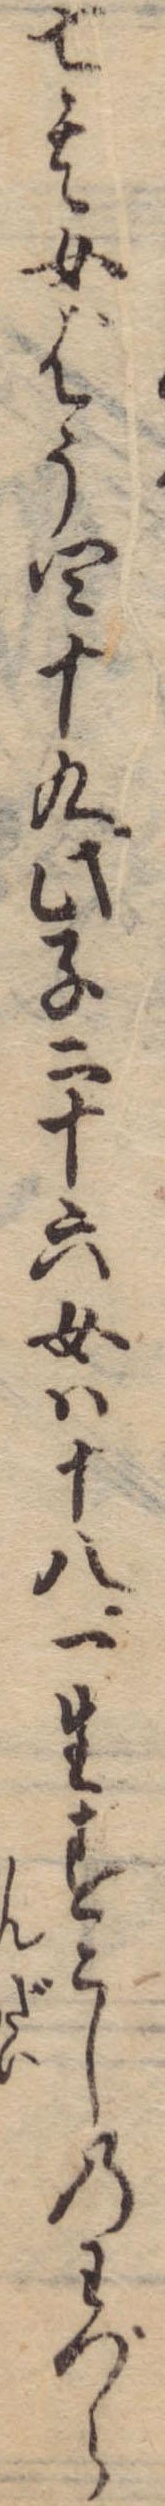
七其女ばう四十九此子二十六女は十八一生すこしのわづら